Annual report of the Punjab Veterinary College and of the Civil Veterinary Department, Punjab - 1894-1908
Year: 1894
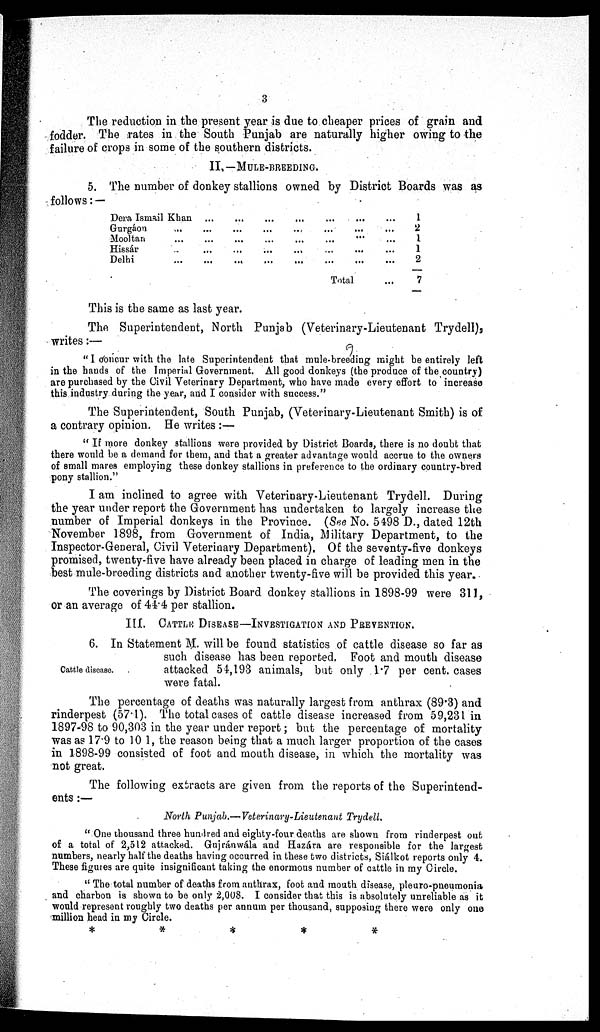
3
The reduction in the present year is due to cheaper prices of grain and
fodder. The rates in the South Punjab are naturally higher owing to the
failure of crops in some of the southern districts.
II. —MULE-BREEDING.
5. The number of donkey stallions owned by District Boards was as
follows:—
Dera Ismail Khan
...
...
...
...
...
...
...
Gurgáon
...
...
...
... ... ... ... ...
Mooltan
...
...
...
...
...
...
...
...
Hissár
...
...
...
...
...
...
...
...
Delhi
...
...
...
...
...
...
...
...
Total ...
1
2
1
1
2
7
This is the same as last year.
The Superintendent, North Punjab (Veterinary-Lieutenant Trydell),
writes:—
" I concur with the late Superintendent that mule-breeding might be entirely left
in the hands of the Imperial Government. All good donkeys (the produce of the country)
are purchased by the Civil Veterinary Department, who have made every effort to increase
this industry during the year, and I consider with success."
The Superintendent, South Punjab, (Veterinary-Lieutenant Smith) is of
a contrary opinion. He writes :—
" If more donkey stallions were provided by District Boards, there is no doubt that
there would be a demand for them, and that a greater advantage would accrue to the owners
of small mares employing these donkey stallions in preference to the ordinary country-bred
pony stallion."
I am inclined to agree with Veterinary-Lieutenant Trydell. During
the year under report the Government has undertaken to largely increase the
number of Imperial donkeys in the Province. (See No. 5198 D., dated 12th
November 1898, from Government of India, Military Department, to the
Inspector-General, Civil Veterinary Department). Of the seventy-five donkeys
promised, twenty-five have already been placed in charge of leading men in the
best mule-breeding districts and another twenty-five will be provided this year.
The coverings by District Board donkey stallions in 1898-99 were 311,
or an average of 44.4 per stallion.
III. CATTLE DISEASE—INVESTIGATION AND PREVENTION.
Cattle disease.
6. In Statement M. will be found statistics of cattle disease so far as
such disease has been reported. Foot and mouth disease
attacked 54,193 animals, but only 1.7 per cent. cases
were fatal.
The percentage of deaths was naturally largest from anthrax (89.3) and
rinderpest (57.1). The total cases of cattle disease increased from 59,231 in
1897-98 to 90,303 in the year under report; but the percentage of mortality
was as 17.9 to 10.1, the reason being that a much larger proportion of the cases
in 1898-99 consisted of foot and mouth disease, in which the mortality was
not great.
The following extracts are given from the reports of the Superintend-
ents :—
North Punjab.— Veterinary-Lieutenant
Trydell.
"One thousand three hundred and eighty-four deaths are shown from rinderpest out
of a total of 2,512 attacked. Gujránwála and Hazára are responsible for the largest
numbers, nearly half the deaths having occurred in these two districts, Siálkot reports only 4.
These figures are quite insignificant taking the enormous number of Cattle in my Circle.
"The total number of deaths from anthrax, foot and mouth disease, pleuro-pueumonia
and charbon is shown to be only 2,008. I consider that this is absolutely unreliable as it
would represant roughly two deaths per annum per thousand, supposing there were only one
million head in my Circle.
*
*
*
*
*